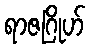
ရာဇဂြိုဟ်